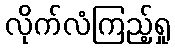
လိုက်လံကြည့်ရှု